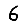
Digit: 6